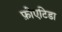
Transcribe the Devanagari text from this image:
फ़ोएटिडा